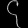
Digit: ၄